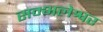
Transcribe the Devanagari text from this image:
सम्भलेश्वर